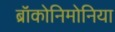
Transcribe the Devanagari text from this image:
ब्रॉकोनिमोनिया